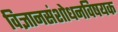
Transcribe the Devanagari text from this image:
विज्ञानसंशोधनविषयक